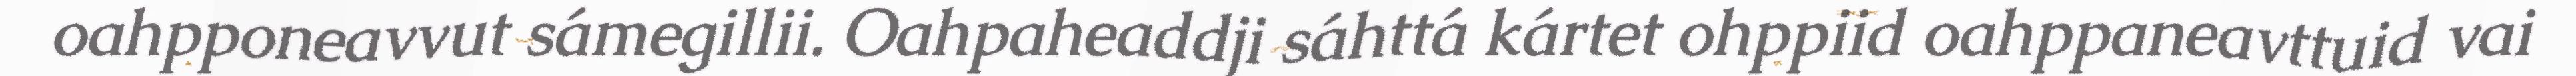
oahpponeavvut sámegillii. Oahpaheaddji sáhttá kártet ohppiid oahppaneavttuid vai